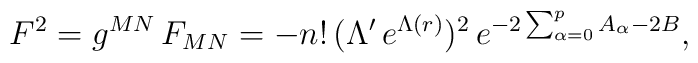
F^2 = g^{MN}\, F_{MN} = - n!\, (\Lambda'\,e^{\Lambda(r)} )^2 \, e^{ -2\sum_{\alpha=0}^p A_{\alpha}  -2B},